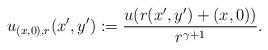
LaTeX: \begin{align*}u_{(x,0), r}(x',y') := \frac{u(r(x',y') + (x, 0))}{r^{\gamma +1}}.\end{align*}